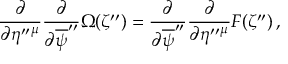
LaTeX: \frac { \partial } { \partial \eta ^ { \prime \prime } { } ^ { \mu } } \frac { \partial } { \partial \overline { { { \psi } } } ^ { \prime \prime } } \Omega ( \zeta ^ { \prime \prime } ) = \frac { \partial } { \partial \overline { { { \psi } } } ^ { \prime \prime } } \frac { \partial } { \partial \eta ^ { \prime \prime } { } ^ { \mu } } F ( \zeta ^ { \prime \prime } ) \, ,